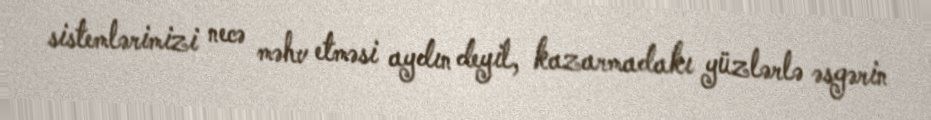
sistemlərimizi necə məhv etməsi aydın deyil, kazarmadakı yüzlərlə əsgərin